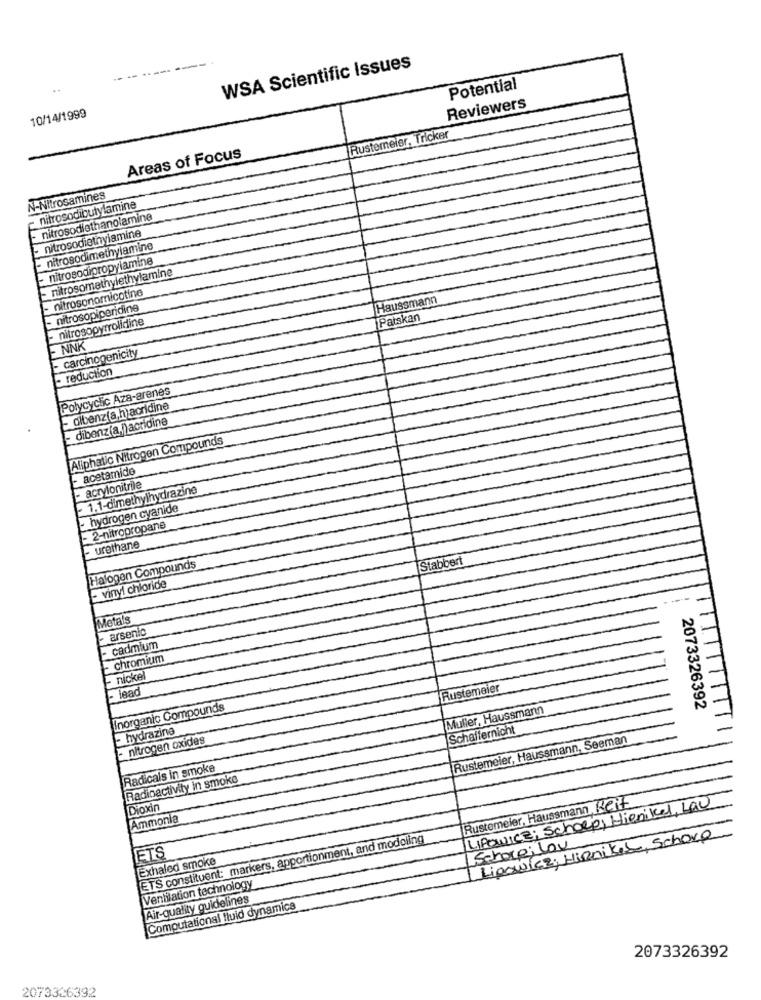
WSA Scientific Issues
Potential
10/14/1999
Reviewers
Rustemeler, Tricker
Areas of Focus
N-Nitrosamines
nitrosodibutylamine
nitrosodiethanolamine
nitrosodiethylamine
nitrosodimethylamine
- nitrosodipropylamine
- nitrosomethylethylamine
- nitrosonomnicotine
Haussmann
- nitrosopiperidine
nitrosopyrrolidine
Patskan
NNK
- carcinogenicity
- reduction
Polycyclic Aza-arenes
- olbenz(a,h)acridine
- dibenz(a,j)acridine
Aliphatic Nitrogen Compounds
acetamide
- 1.1-dimethylhydrazine
acrylonitrile
hydrogen cyanide
- 2-nitropropane
urethane
Stabbert
Halogen Compounds
- vinyl chloride
Metals
arsenic
cadmium
- chromium
- nickel
- lead
Rustemeier
Inorganic Compounds
Muller, Haussmann
2073326392
- hydrazine
Schaffernicht
- nitrogen oxides
Rustemeier, Haussmann, Seeman
Radicals in smoke
Radioactivity in smoke
Rustemeier, Haussmann Kert
LIPOWICE; Schoeps Hienikel La0
Dioxin
Ammonia
ETS constituent: markers, apportionment, and modeling
Lipowicz, Hirnikese Schoro
Schoveilou
ETS
Exhaled smoke
Ventilation technology
Air-quality guidelines
Computational fluid dynamics
2073326392
2073326392